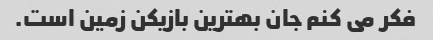
فکر می کنم جان بهترین بازیکن زمین است.